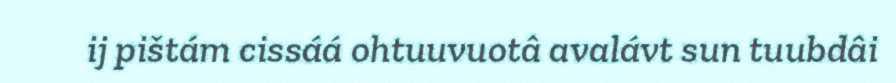
ij pištám cissáá ohtuuvuotâ avalávt sun tuubdâi